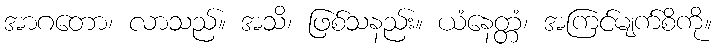
အာဂတော၊ လာသည်။ အသိ၊ ဖြစ်သနည်း။ ယံနေတ္တံ၊ အကြင်မျက်စိကို။